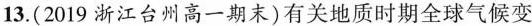
13.(2019浙江台州高一期末)有关地质时期全球气候变